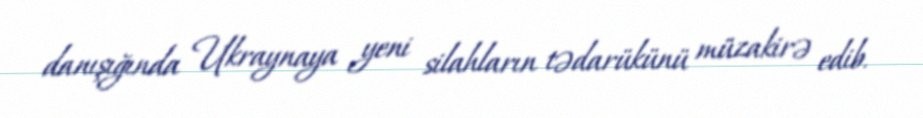
danışığında Ukraynaya yeni silahların tədarükünü müzakirə edib.